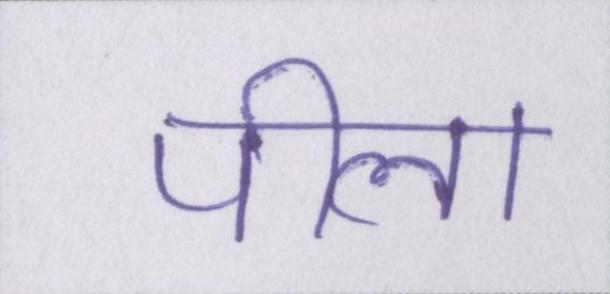
पीला